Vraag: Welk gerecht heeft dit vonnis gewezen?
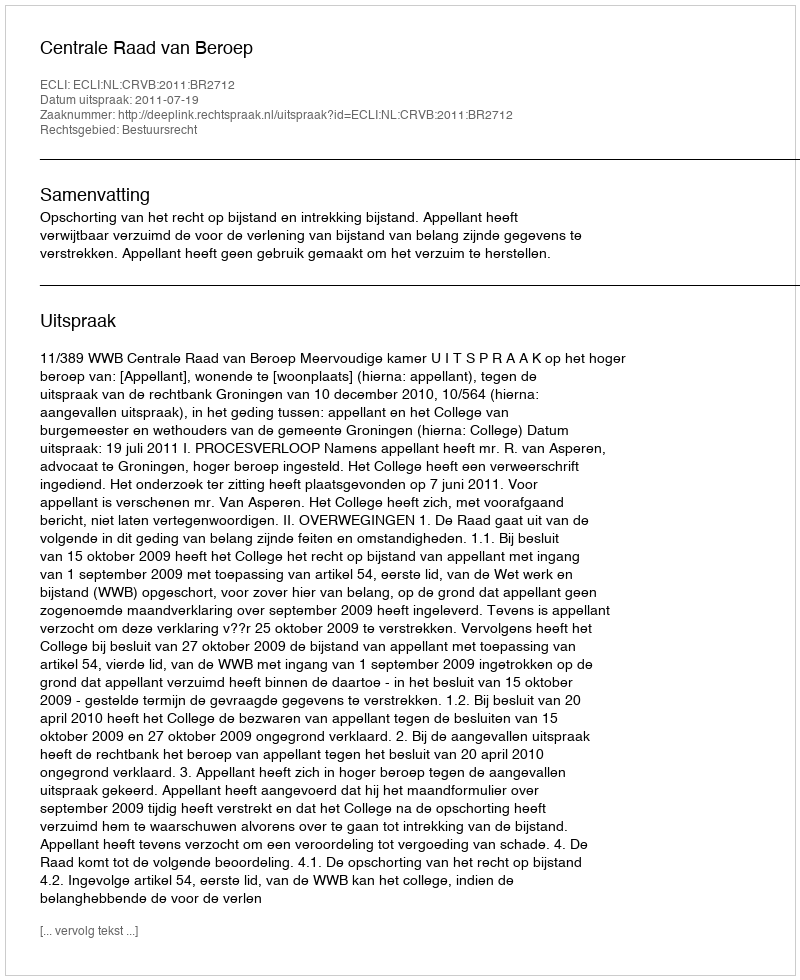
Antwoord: Centrale Raad van Beroep